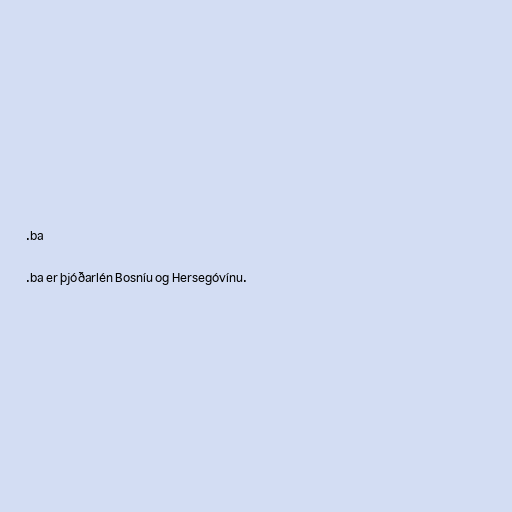
.ba

.ba er þjóðarlén Bosníu og Hersegóvínu.